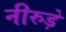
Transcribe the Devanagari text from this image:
नीरुड़े